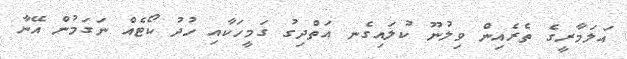
އަލަމާރީގެ ތެރެއިން ވިލުނޫ ކުލައިގެނ އަތްދިގު ގަމީހަކާއި ހުދު ކޯޓެއް ނަގަމުން އޭނާ